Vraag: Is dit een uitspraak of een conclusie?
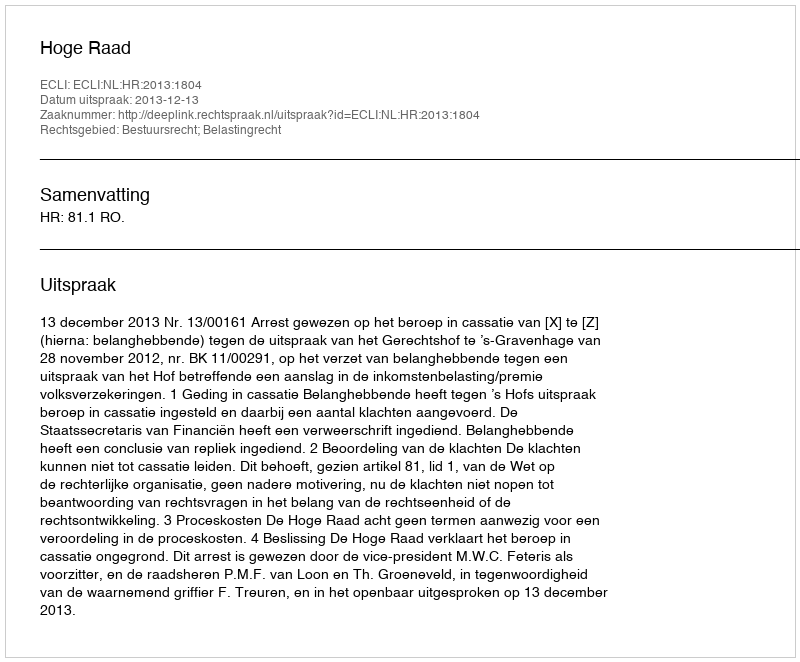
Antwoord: Uitspraak